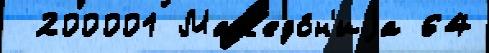
 200001 Мак'едо́н'иjа 64